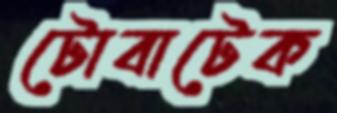
টোবাটেক